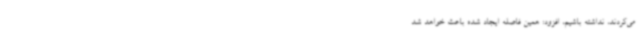
می‌کردند، نداشته باشیم، افزود: همین فاصله ایجاد شده باعث خواهد شد